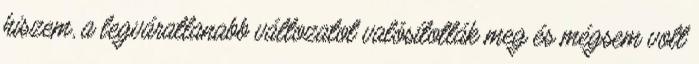
hiszem, a legváratlanabb változatot valósították meg és mégsem volt